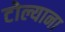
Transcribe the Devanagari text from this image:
टोल्याना